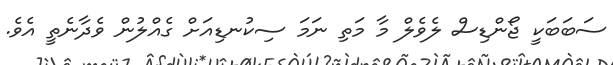
ސަބަބަކީ ޖޯންޑިސް ލެވެލް މާ މަތި ނަމަ ސިކުނޑިއަށް ގެއްލުން ވެދާނެތީ އެވެ.